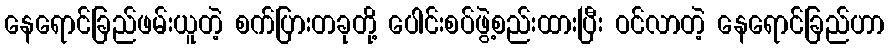
နေရောင်ခြည်ဖမ်းယူတဲ့ စက်ပြားတခုတို့ ပေါင်းစပ်ဖွဲ့စည်းထားပြီး ဝင်လာတဲ့ နေရောင်ခြည်ဟာ